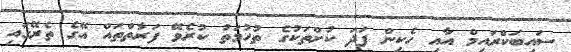
ސައިބަކްރައިމް އާއި ހެކިން ފަދަ ކުށްތަކުގެ ތުހުމަތު ކުރެވޭ ފަރާތްތައް އޭގެ ތެރޭގައި